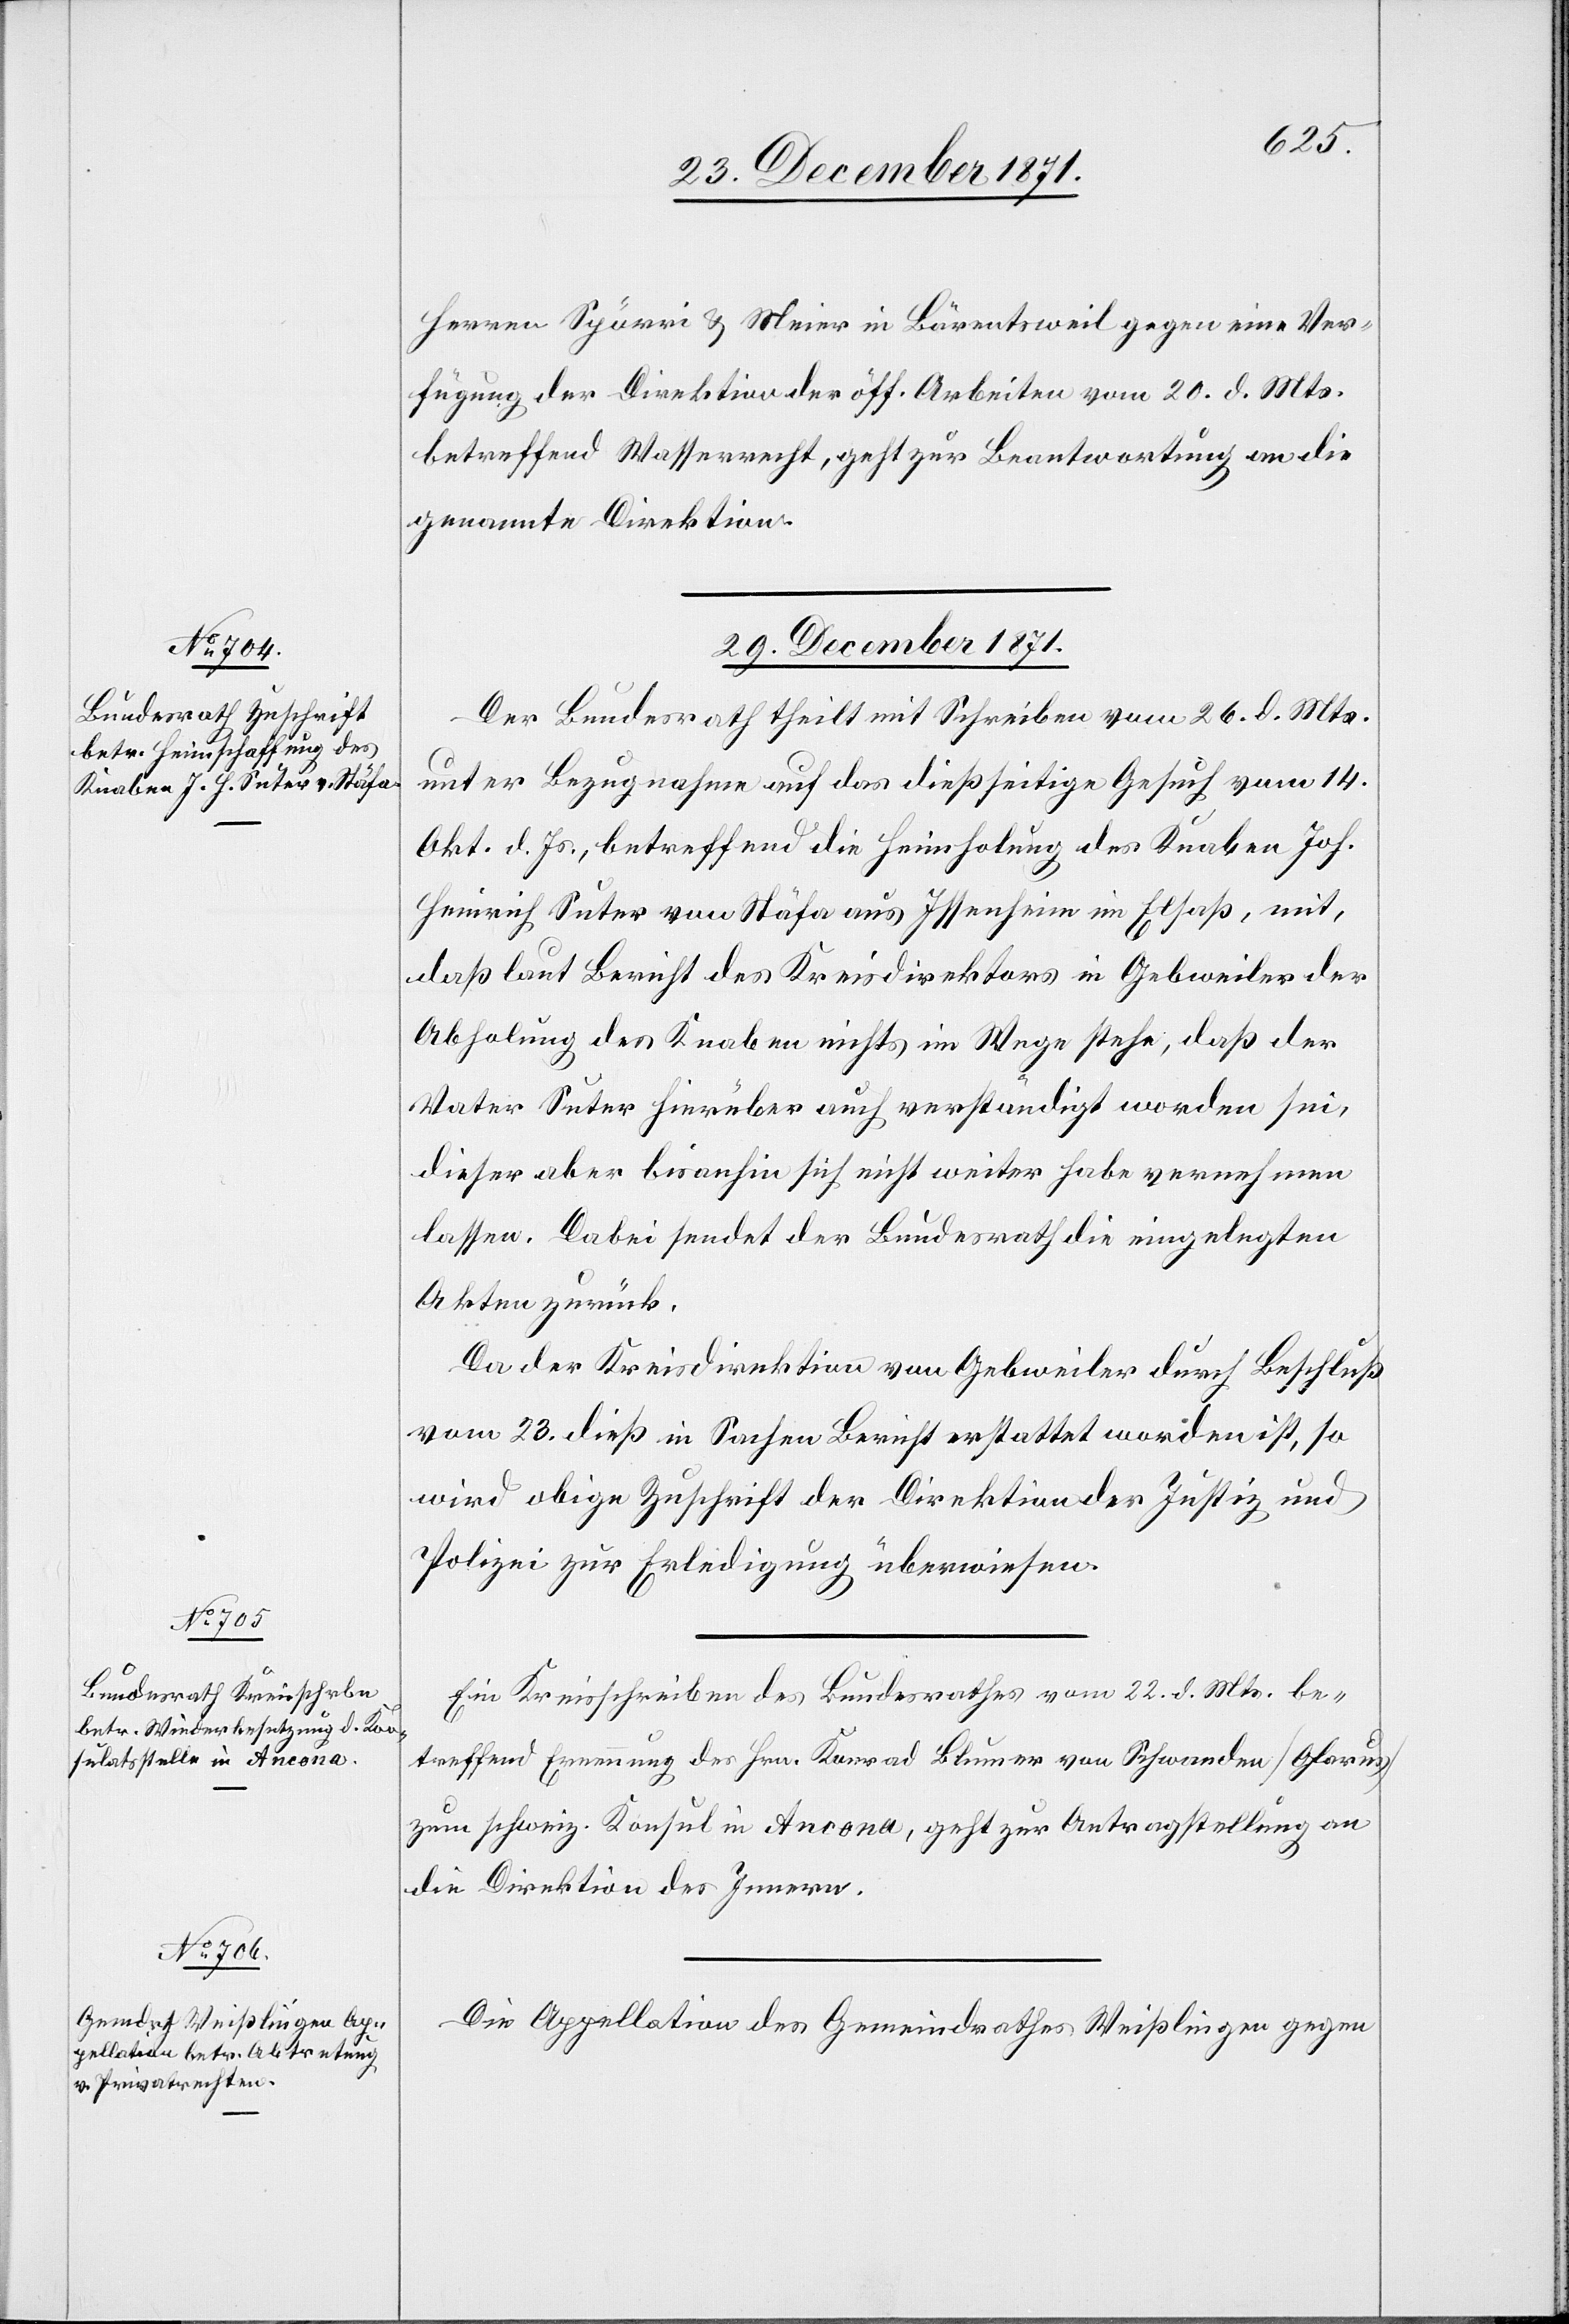
Herren Spörri & Meier in Bärentsweil gegen eine Ver¬
fügung der Direktion der öff. Arbeiten vom 20. d. Mts.
betreffend Wasserrecht, geht zur Beantwortung an die
genannte Direktion.
29. December 1871.]
Der Bundesrath theilt mit Schreiben vom 26. d. Mts.
unter Bezugnahme auf das dießseitige Gesuch vom 14.
Okt. d. Js., betreffend die Heimholung des Knaben Joh.
Heinrich Suter von Stäfa aus Issenheim im Elsaß, mit,
daß laut Bericht des Kreisdirektors in Gebweiler der
Abholung des Knaben nichts im Wege stehe, daß der
Vater Suter hierüber auch verständigt worden sei,
dieser aber bisanhin sich nicht weiter habe vernehmen
lassen. Dabei sendet der Bundesrath die eingelegten
Akten zurück.
Da der Kreisdirektion von Gebweiler durch Beschluß
vom 23. dieß in Sachen Bericht erstattet worden ist, so
wird obige Zuschrift der Direktion der Justiz und
Polizei zur Erledigung überwiesen.
Ein Kreisschreiben des Bundesrathes vom 22. d. Mts. be¬
treffend Erneuerung des Hrn. Konrad Blumer von Schwanden [Glarus]
zum schweiz. Konsul in Ancona, geht zur Antragstellung an
die Direktion des Innern.
Die Appellation des Gemeindrathes Weißlingen gegen